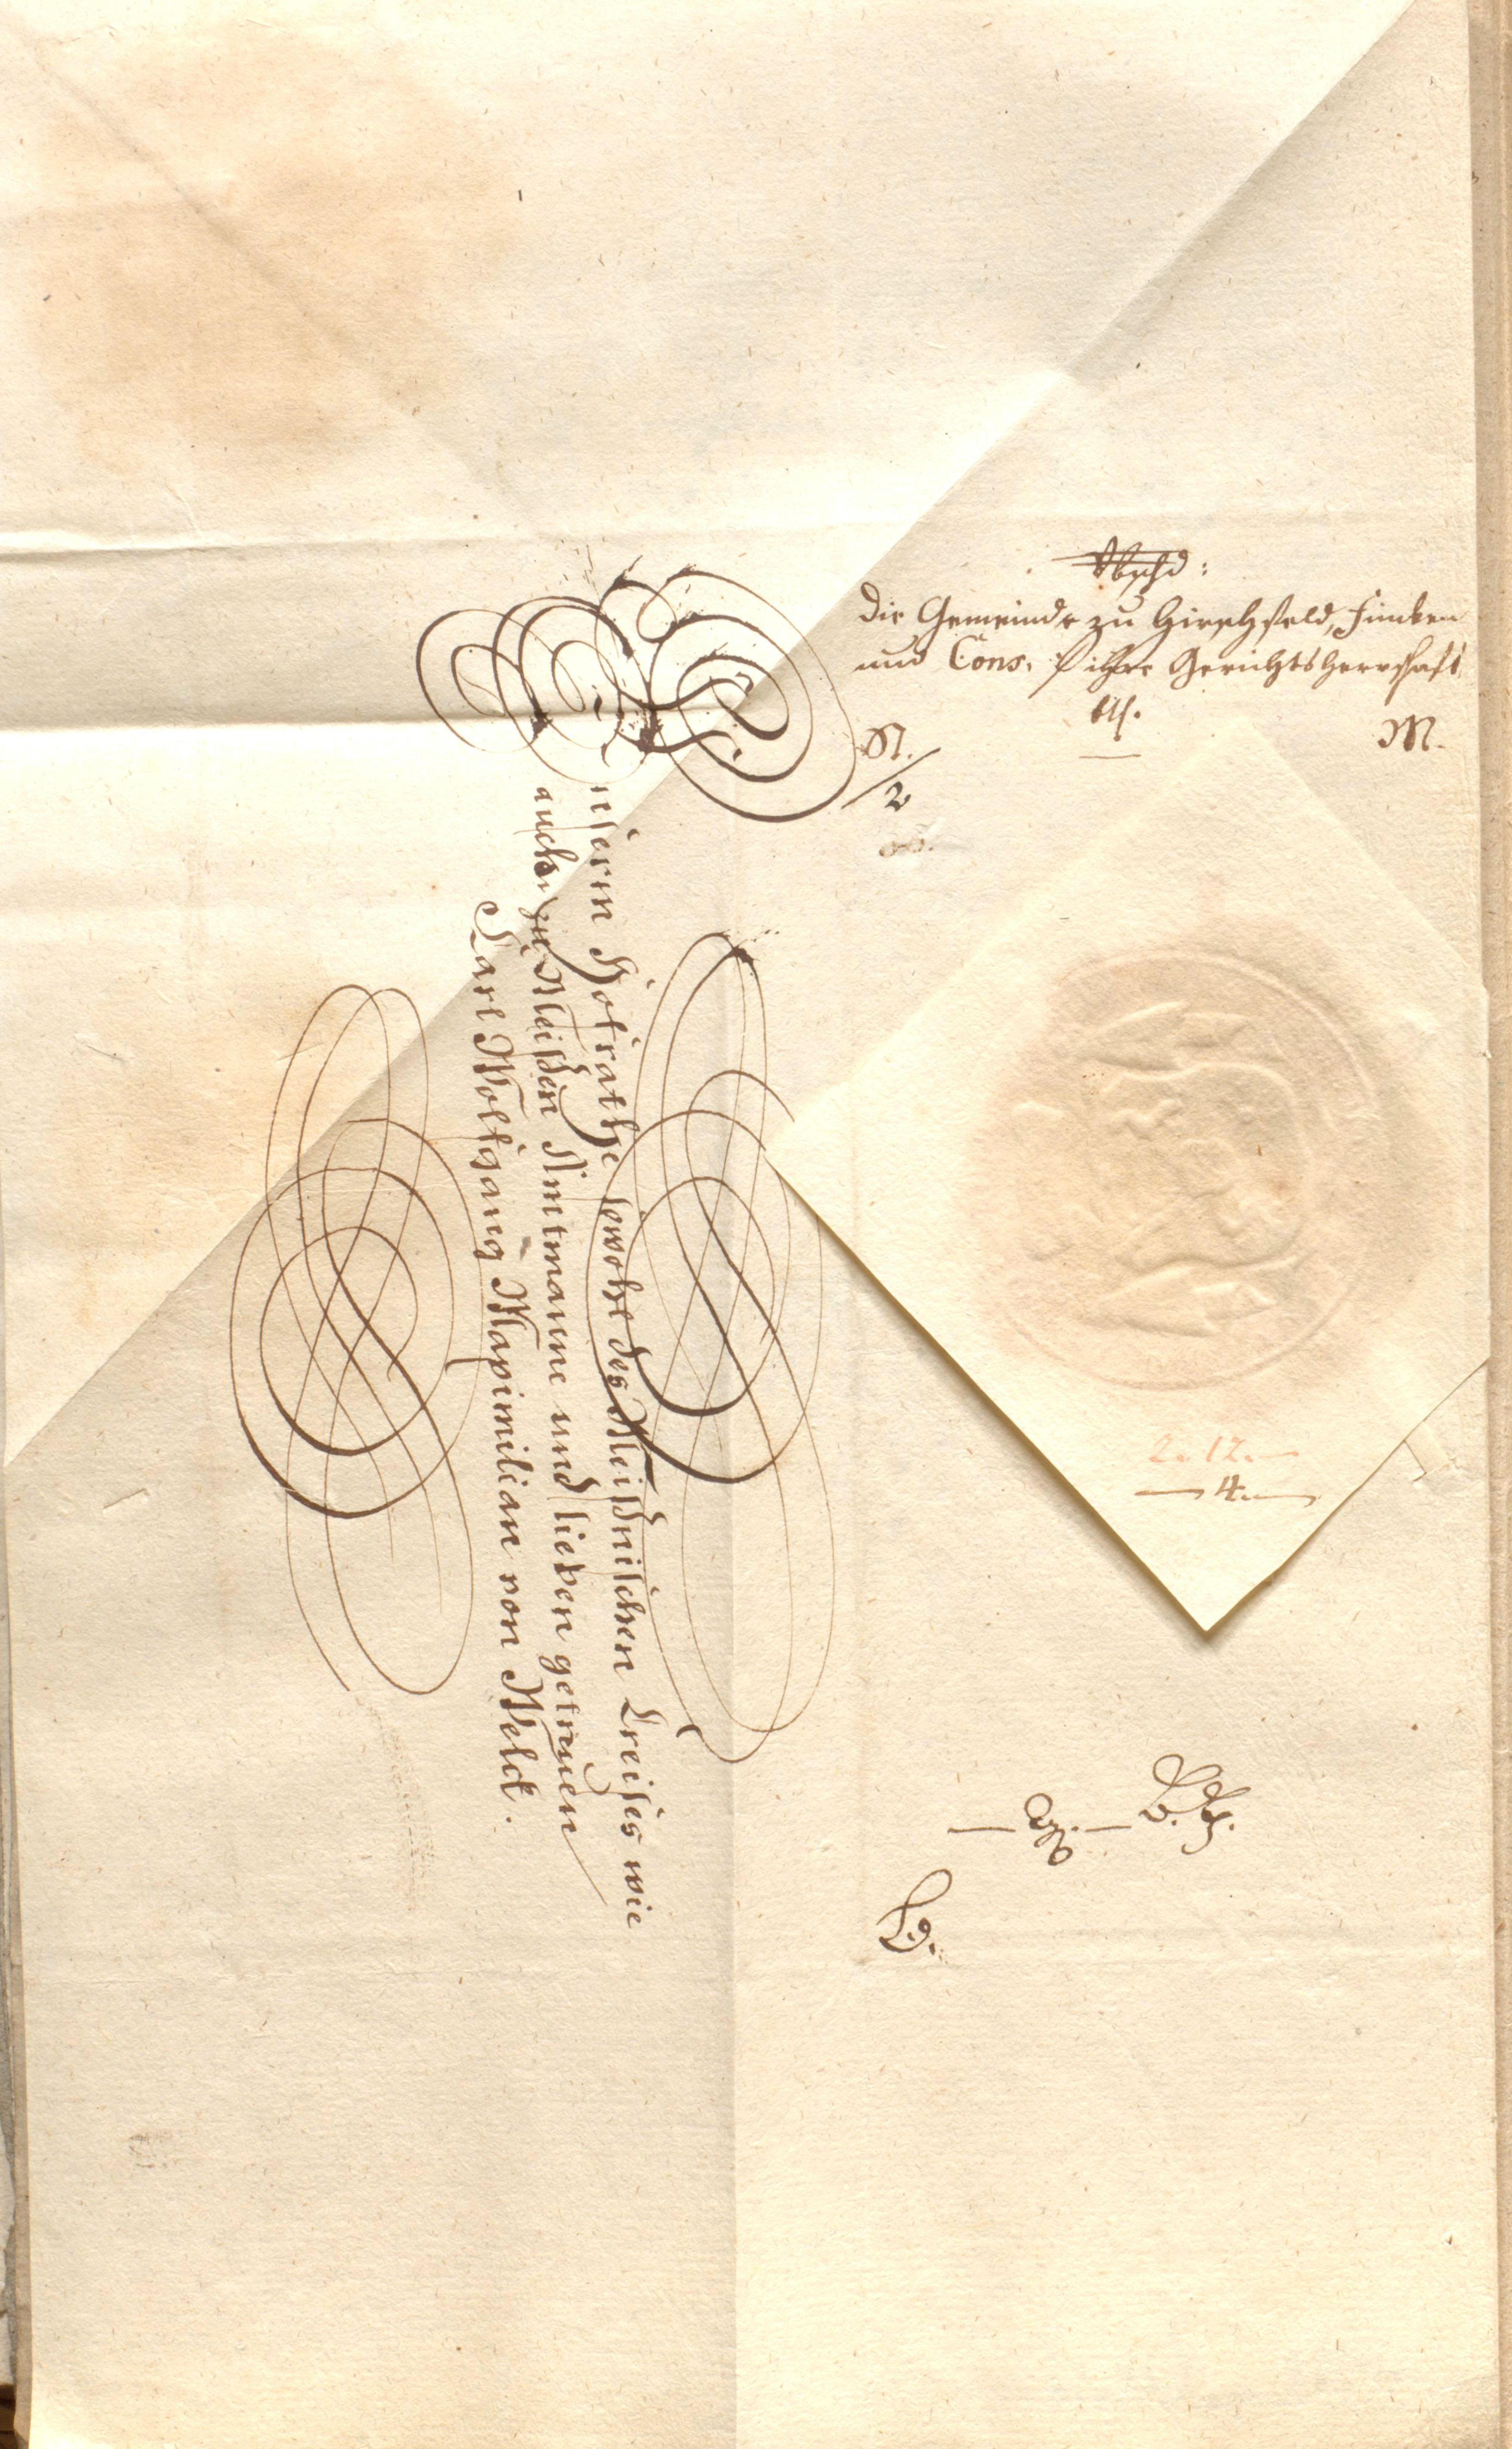
Abschd:
Die Gemeinde zu Hirschfeld, Finken
und Cons. Diher Gerichtsherrschaft
btf.
M.
St./2

Unserm Hofrathe sowohl des Meißnischen Creises wie
auch zu Meißen Amtmanne und lieben getreuen
Carl Wolfgang Maximilian von Melck.

2.17.
- 4 -
- xxx - B.H.
B.